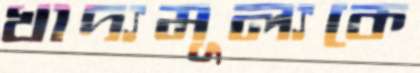
খাদ্যমূল্যকে